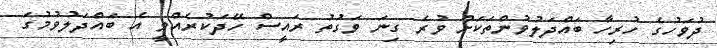
ދުވަހުގެ ހުރިހާ ބައްދަލުވުންތަކަށް ވުރެ ގިނަ ވަގުތު ރައީސް ހޭދަކުރެއްވީ އެ ބައްދަލުވުމުގަ